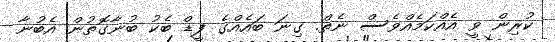
ކުރިން ވީ އެއްކަމެއްވެސް ނެތް. ގިނަ ބައެއްގެ ފީޑް ބެކު ބުނާގޮތުން އެބުނާ